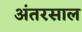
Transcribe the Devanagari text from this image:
अंतरसाल